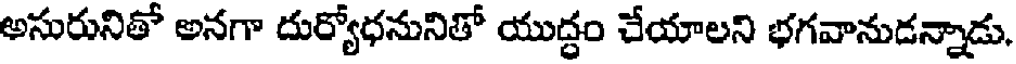
అసురునితో అనగా దుర్యోధనునితో యుద్ధం చేయాలని భగవానుడన్నాడు.